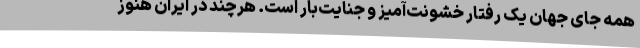
همه جای جهان یک رفتار خشونت‌آمیز و جنایت‌بار است. هرچند در ایران هنوز